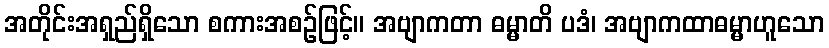
အတိုင်းအရှည်ရှိသော စကားအစဉ်ဖြင့်။ အဗျာကတာ ဓမ္မာတိ ပဒံ၊ အဗျာကထာဓမ္မာဟူသော